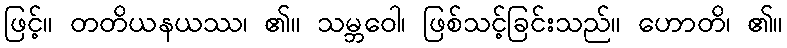
ဖြင့်။ တတိယနယဿ၊ ၏။ သမ္ဘဝေါ၊ ဖြစ်သင့်ခြင်းသည်။ ဟောတိ၊ ၏။